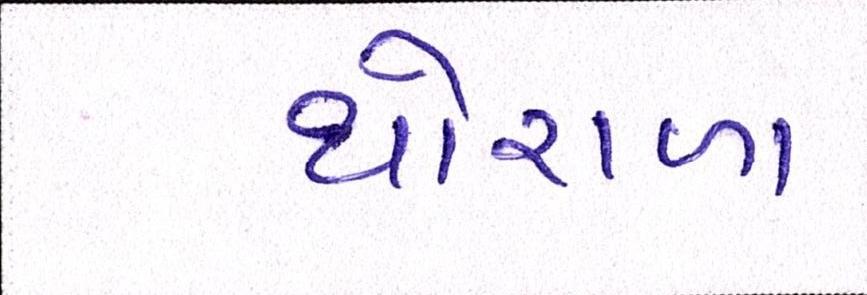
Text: થોરાળા